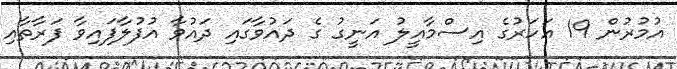
އުމުރުން 19 އަހަރުގެ އިސްމާއީލު އަނީގު ގެ ދައުވާގައި ދައުވާ އުފުލާފައިވާ ފަރާތާއި